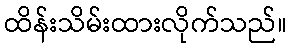
ထိန်းသိမ်းထားလိုက်သည်။